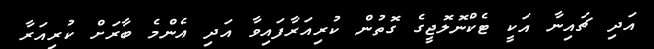
އަދި ޗައިނާ އަކީ ޓެކްނޮލޮޖީގެ ގޮތުން ކުރިއަރާފައިވާ އަދި އެންމެ ބާރަށް ކުރިއަރާ